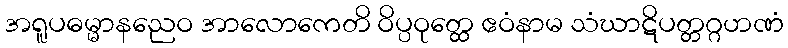
အရူပဓမ္မာနညေဝ အာလောကေတိ ဝိပ္ပဝုတ္ထေ ဧဝံနာမ သံဃာဋိပတ္တဂ္ဂဟဏံ